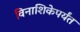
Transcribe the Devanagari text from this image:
विनाशिकेपर्यंत